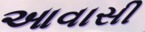
આવાસી